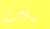
بيلانت